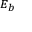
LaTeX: \scriptstyle { E _ { b } }